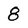
Character: 8